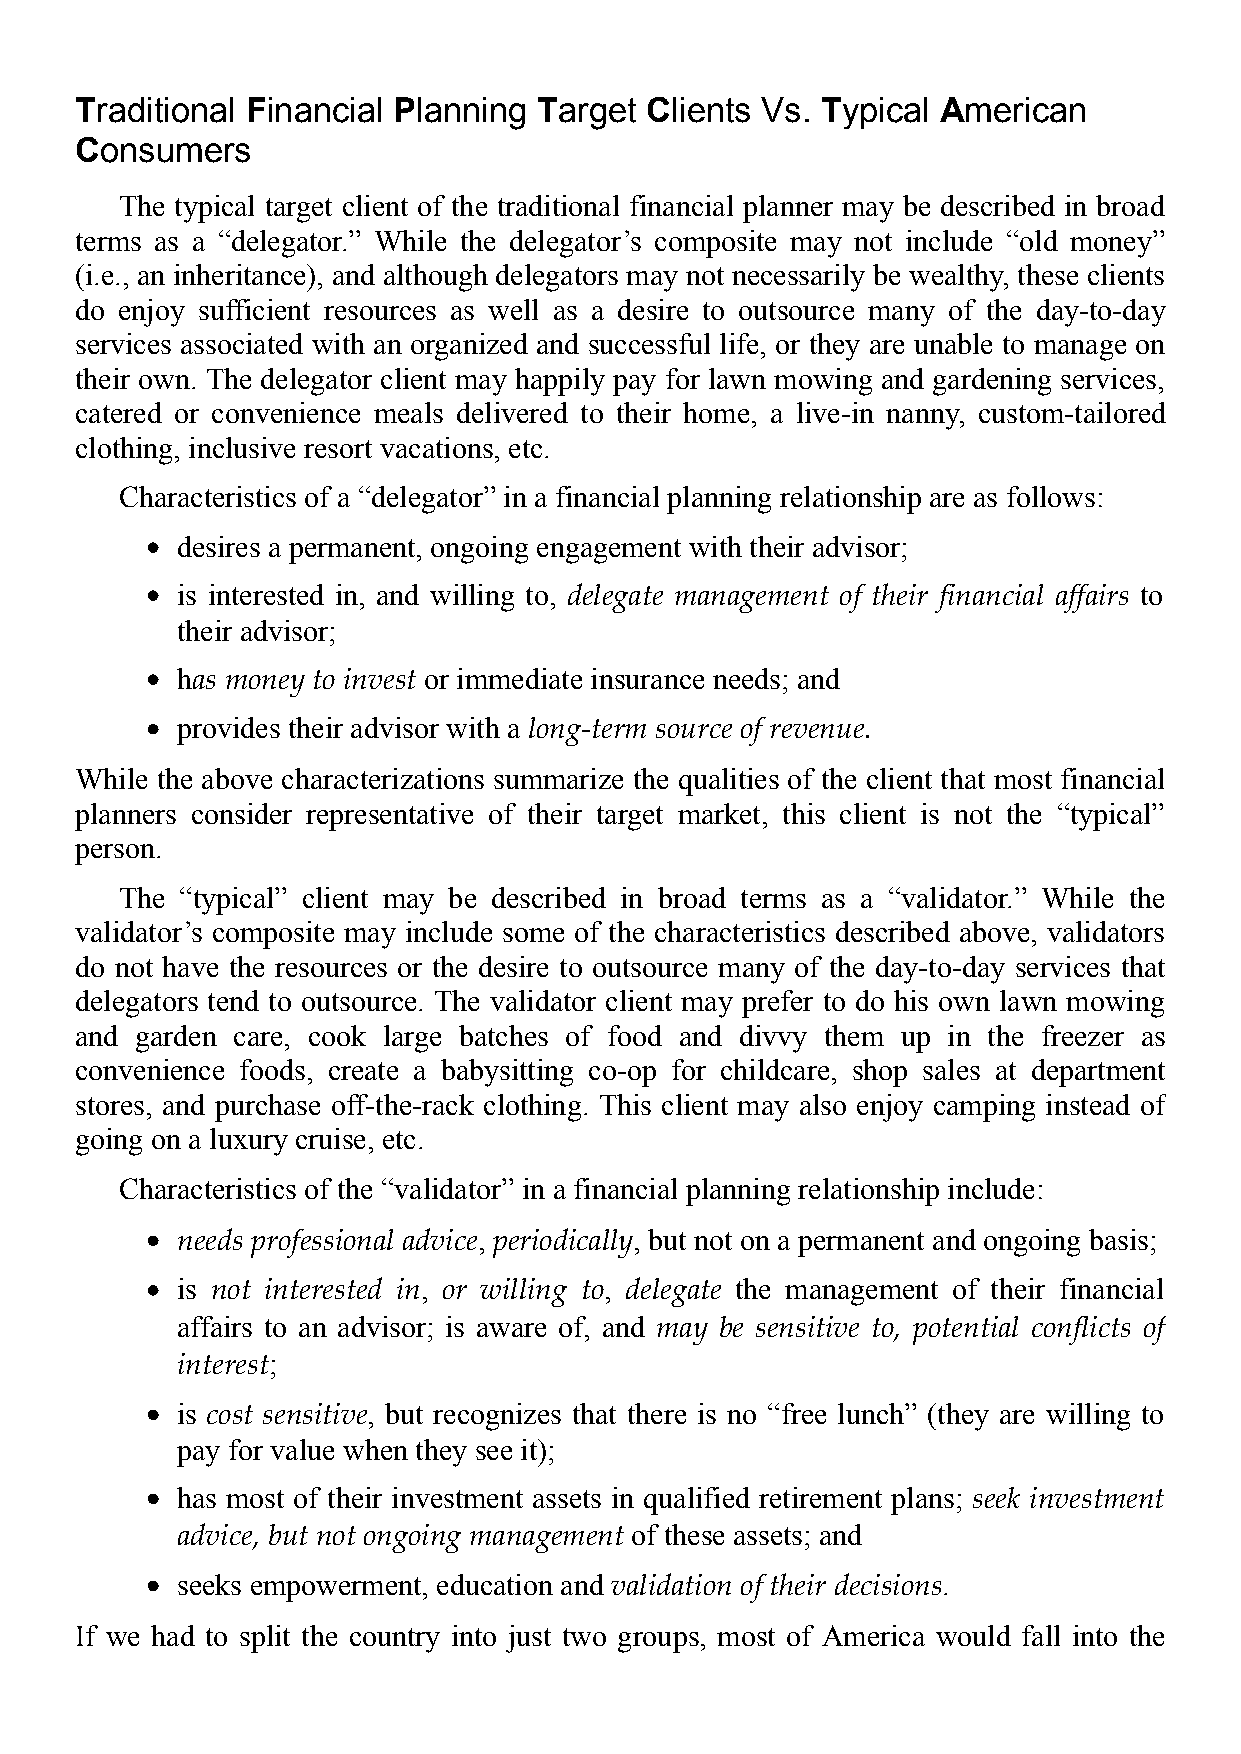
Traditional Financial Planning Target Clients Vs. Typical American
 Consumers
 The typical target client of the traditional financial planner may be described in broad
 terms as a “delegator.” While the delegator’s composite may not include “old money”
 (i.e., an inheritance), and although delegators may not necessarily be wealthy, these clients
 do enjoy sufficient resources as well as a desire to outsource many of the day-to-day
 services associated with an organized and successful life, or they are unable to manage on
 their own. The delegator client may happily pay for lawn mowing and gardening services,
 catered or convenience meals delivered to their home, a live-in nanny, custom-tailored
 clothing, inclusive resort vacations, etc.
 Characteristics of a “delegator” in a financial planning relationship are as follows:
 desires a permanent, ongoing engagement with their advisor;
 is interested in, and willing to, delegate management of their financial affairs to
 their advisor;
 has money to invest or immediate insurance needs; and
 provides their advisor with a long-term source of revenue.
 While the above characterizations summarize the qualities of the client that most financial
 planners consider representative of their target market, this client is not the “typical”
 person.
 The “typical” client may be described in broad terms as a “validator.” While the
 validator’s composite may include some of the characteristics described above, validators
 do not have the resources or the desire to outsource many of the day-to-day services that
 delegators tend to outsource. The validator client may prefer to do his own lawn mowing
 and garden care, cook large batches of food and divvy them up in the freezer as
 convenience foods, create a babysitting co-op for childcare, shop sales at department
 stores, and purchase off-the-rack clothing. This client may also enjoy camping instead of
 going on a luxury cruise, etc.
 Characteristics of the “validator” in a financial planning relationship include:
 needs professional advice, periodically, but not on a permanent and ongoing basis;
 is not interested in, or willing to, delegate the management of their financial
 affairs to an advisor; is aware of, and may be sensitive to, potential conflicts of
 interest;
 is cost sensitive, but recognizes that there is no “free lunch” (they are willing to
 pay for value when they see it);
 has most of their investment assets in qualified retirement plans; seek investment
 advice, but not ongoing management of these assets; and
 seeks empowerment, education and validation of their decisions.
 If we had to split the country into just two groups, most of America would fall into the